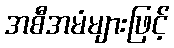
အစီအမံများဖြင့်